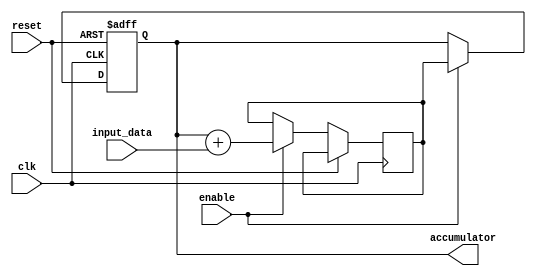
module accumulator (
  input clk,
  input reset,
  input [7:0] input_data,
  input enable,
  output reg [15:0] accumulator
);

reg [15:0] temp;

always @(posedge clk or posedge reset) begin
  if (reset) begin
    accumulator <= 16'h0000;
  end else begin
    if (enable) begin
      temp <= accumulator + input_data;
      accumulator <= temp;
    end
  end
end

endmodule